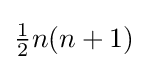
\textstyle {\frac {1}{2}}n(n+1)